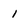
Character: 1